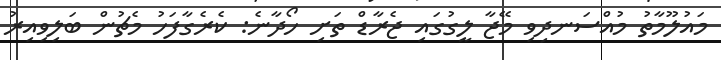
މައުލޫމާތު މުއްސަނދިވި މޭޖާ ލީގުގައި ޖެރާޑް ތަށި ހޯދާނެ: ކެރެގާފަހު މެޗުން ބަލިވިއިރު